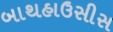
બાથહાઉસીસ